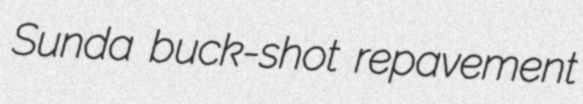
Sunda buck-shot repavement